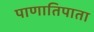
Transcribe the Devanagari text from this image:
पाणातिपाता